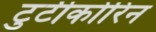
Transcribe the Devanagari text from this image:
टुटीकोरिन